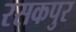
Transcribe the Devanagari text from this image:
रसकपुर